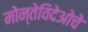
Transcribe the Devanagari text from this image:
मोन्तेविदेओचे